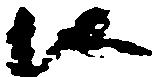
候